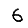
Digit: 6